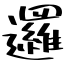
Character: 邏